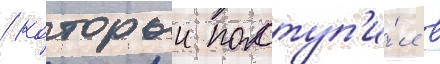
/ которыи поступ'и́л в